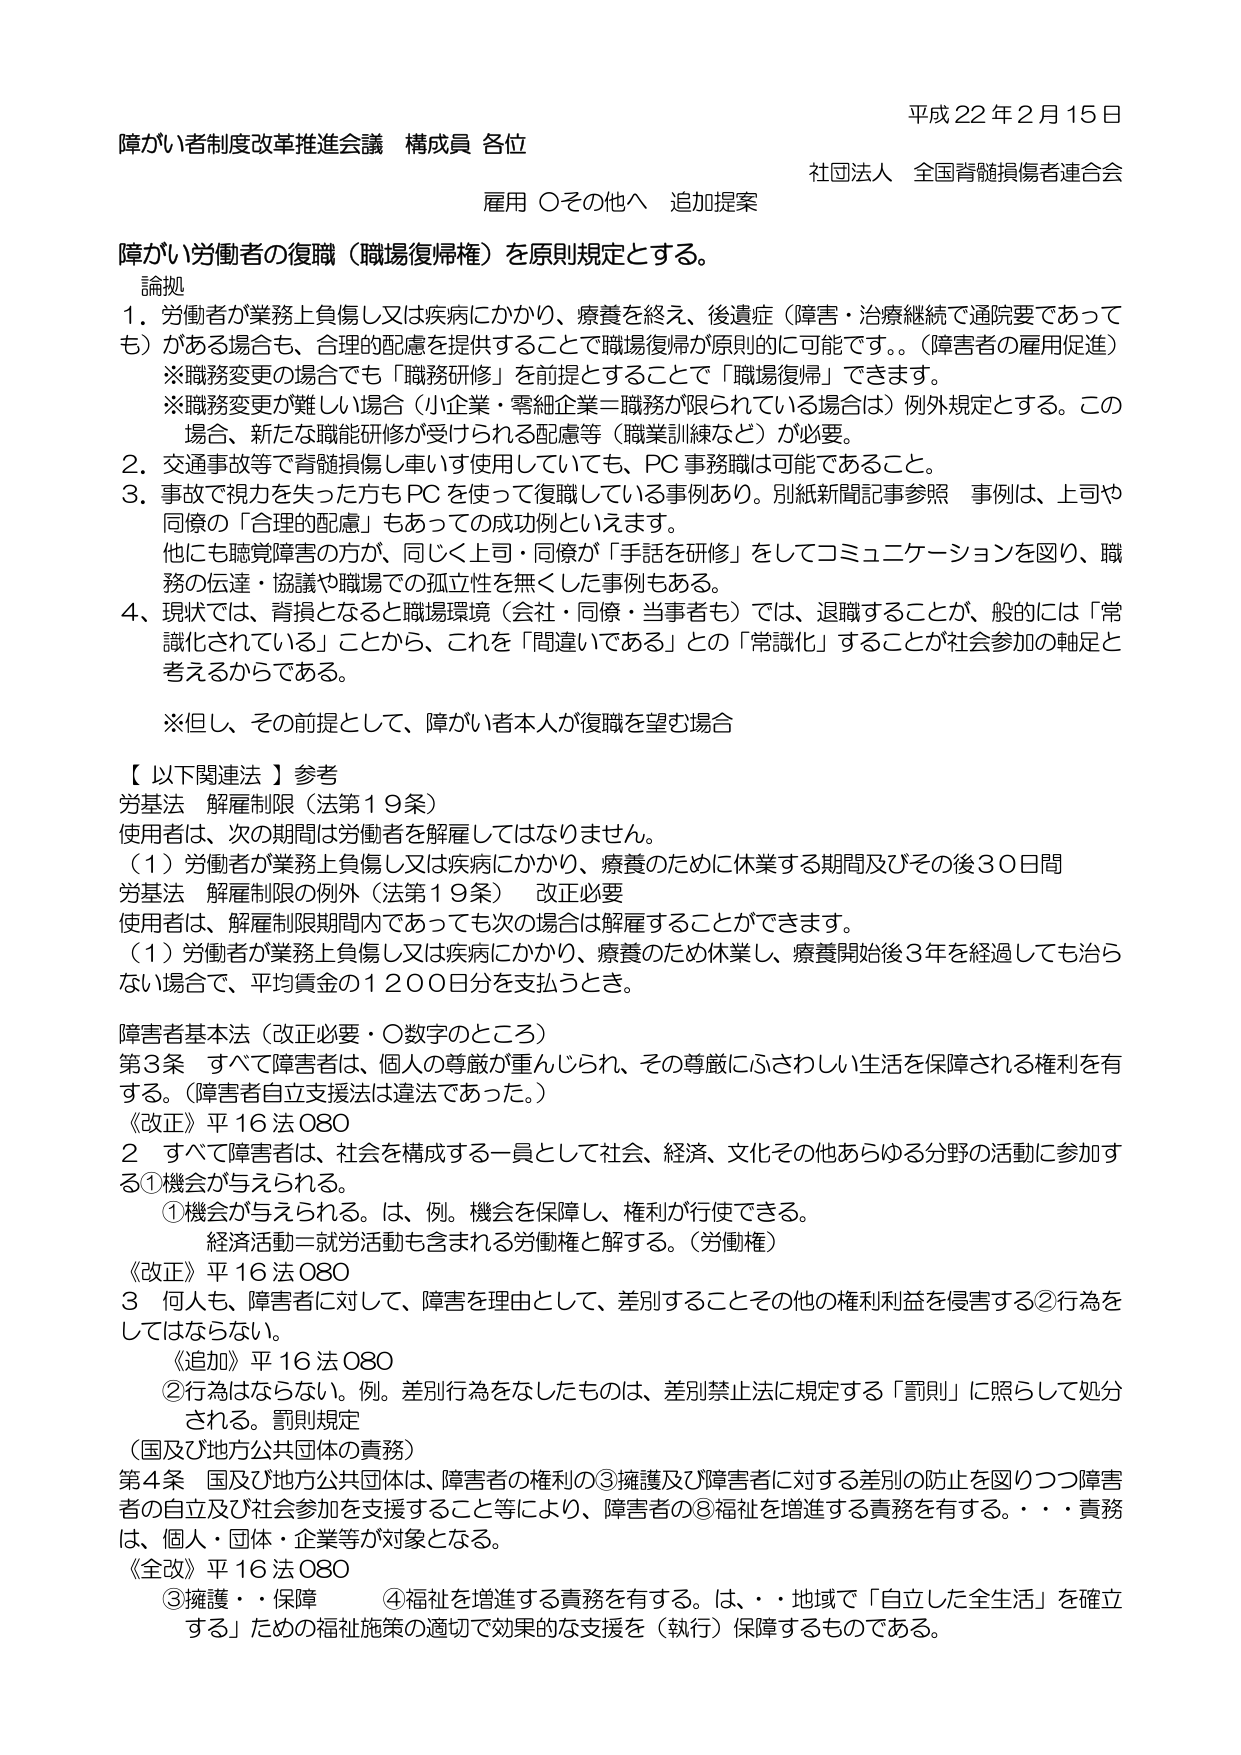
平成22年2月15日
障がい者制度改革推進会議 構成員 各位
社団法人 全国脊髄損傷者連合会
雇用 ○その他へ 追加提案

障がい労働者の復職（職場復帰権）を原則規定とする。
論拠
1．労働者が業務上負傷し又は疾病にかかり、療養を終え、後遺症（障害・治療継続で通院要であっても）がある場合も、合理的配慮を提供することで職場復帰が原則的に可能です。（障害者の雇用促進）
※職務変更の場合でも「職務研修」を前提とすることで「職場復帰」できます。
※職務変更が難しい場合（小企業・零細企業＝職務が限られている場合は）例外規定とする。この場合、新たな職能研修が受けられる配慮等（職業訓練など）が必要。
2．交通事故等で脊髄損傷し車いす使用していても、PC事務職は可能であること。
3．事故で視力を失った方もPCを使って復職している事例あり。別紙新聞記事参照 事例は、上司や同僚の「合理的配慮」もあっての成功例といえます。
他にも聴覚障害の方が、同じく上司・同僚が「手話を研修」をしてコミュニケーションを図り、職務の伝達・協議や職場での孤立性を無くした事例もある。
4．現状では、脊損となると職場環境（会社・同僚・当事者も）では、退職することが、一般的には「常識化されている」ことから、これを「間違いである」との「常識化」することが社会参加の軸足と考えるからである。
※但し、その前提として、障がい者本人が復職を望む場合

【以下関連法】参考
労基法 解雇制限（法第19条）
使用者は、次の期間は労働者を解雇してはなりません。
（1）労働者が業務上負傷し又は疾病にかかり、療養のために休業する期間及びその後30日間
労基法 解雇制限の例外（法第19条） 改正必要
使用者が、解雇制限期間内であっても次の場合は解雇することができます。
（1）労働者が業務上負傷し又は疾病にかかり、療養のために休業し、療養開始後3年を経過しても治らない場合で、平均賃金の1200日分を支払うとき。

障害者基本法（改正必要・○数字のところ）
第3条 すべて障害者は、個人の尊厳が重んじられ、その尊厳にふさわしい生活を保障される権利を有する。（障害者自立支援法は違法であった。）
《改正》平16法080
2 すべて障害者は、社会を構成する一員として社会、経済、文化その他あらゆる分野の活動に参加する①機会が与えられる。
①機会が与えられる。は、例。機会を保障し、権利が行使できる。
経済活動＝就労活動も含まれる労働権と解する。（労働権）
《改正》平16法080
3 何人も、障害者に対して、障害を理由として、差別することその他の権利利益を侵害する②行為をしてはならない。
《追加》平16法080
②行為はならない。例。差別行為をなしたものは、差別禁止法に規定する「罰則」に照らして処分される。罰則規定
（国及び地方公共団体の責務）
第4条 国及び地方公共団体は、障害者の権利の③擁護及び障害者に対する差別の防止を図りつつ障害者の自立及び社会参加を支援すること等により、障害者の③福祉を増進する責務を有する。・・・責務は、個人・団体・企業等が対象となる。
《全改》平16法080
③擁護・・保障 ④福祉を増進する責務を有する。は、・・地域で「自立した全生活」を確立する」ための福祉施策の適切で効果的な支援を（執行）保障するものである。